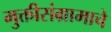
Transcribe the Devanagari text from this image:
मुक्तीसंग्रामाचे